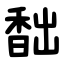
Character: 䭯